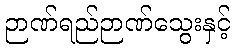
ဉာဏ်ရည်ဉာဏ်သွေးနှင့်